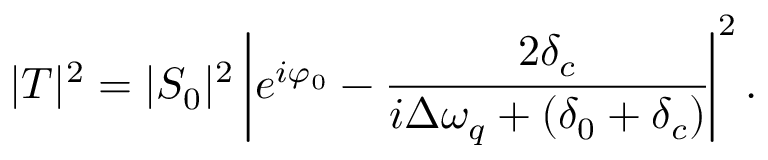
{ | T | ^ { 2 } } = | S _ { 0 } | ^ { 2 } \left| e ^ { i \varphi _ { 0 } } - \cfrac { 2 \delta _ { c } } { i \Delta \omega _ { q } + ( \delta _ { 0 } + \delta _ { c } ) } \right| ^ { 2 } .